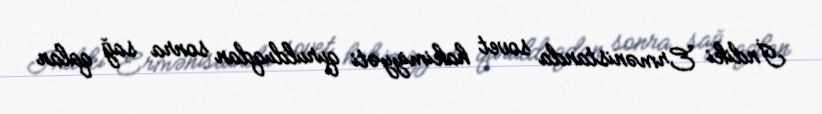
İndiki Ermənistanda sovet hakimiyyəti qurulduqdan sonra sağ qalan